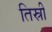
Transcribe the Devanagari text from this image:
तिस्री